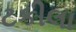
ટકીલા